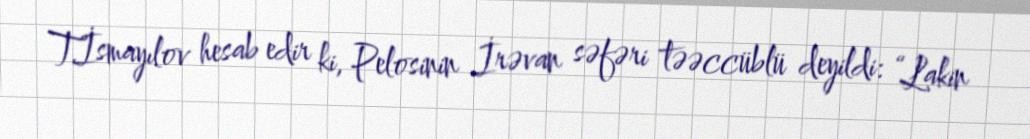
T.İsmayılov hesab edir ki, Pelosinin İrəvan səfəri təəccüblü deyildi: “Lakin